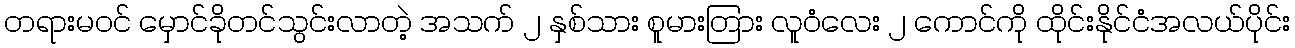
တရားမဝင် မှောင်ခိုတင်သွင်းလာတဲ့ အသက် ၂ နှစ်သား စူမားတြား လူဝံလေး ၂ ကောင်ကို ထိုင်းနိုင်ငံအလယ်ပိုင်း